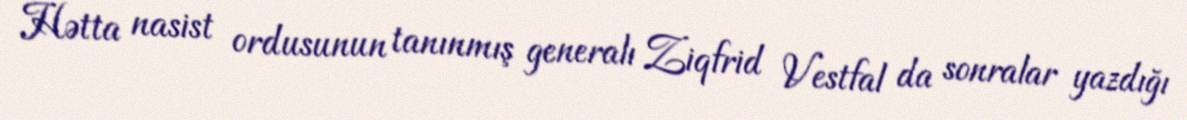
Hətta nasist ordusunun tanınmış generalı Ziqfrid Vestfal da sonralar yazdığı